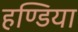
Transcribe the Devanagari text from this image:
हण्डिया